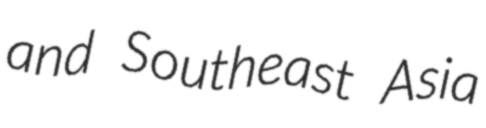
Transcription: and Southeast Asia